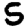
Digit: 5